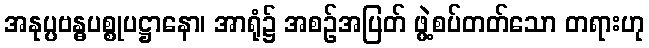
အနုပ္ပဗန္ဓပစ္စုပဋ္ဌာနော၊ အာရုံ၌ အစဉ်အပြတ် ဖွဲ့စပ်တတ်သော တရားဟု